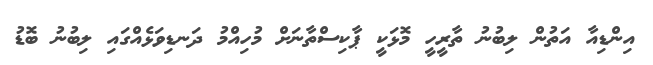
އިންޑިއާ އަތުން ލިބުނު ތާރީހީ މޮޅަކީ ޕާކިސްތާނަށް މުހިއްމު ދަނޑިވަޅެއްގައި ލިބުނު ބޮޑު